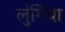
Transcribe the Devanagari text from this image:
लुंगिया